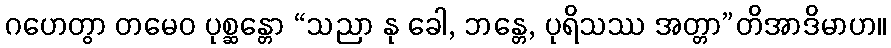
ဂဟေတွာ တမေဝ ပုစ္ဆန္တော “သညာ နု ခေါ, ဘန္တေ, ပုရိသဿ အတ္တာ”တိအာဒိမာဟ။